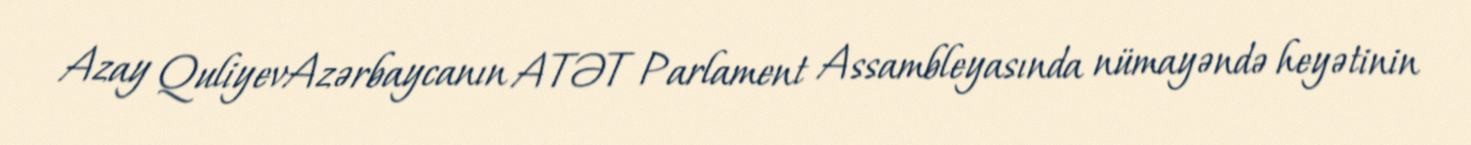
Azay QuliyevAzərbaycanın ATƏT Parlament Assambleyasında nümayəndə heyətinin